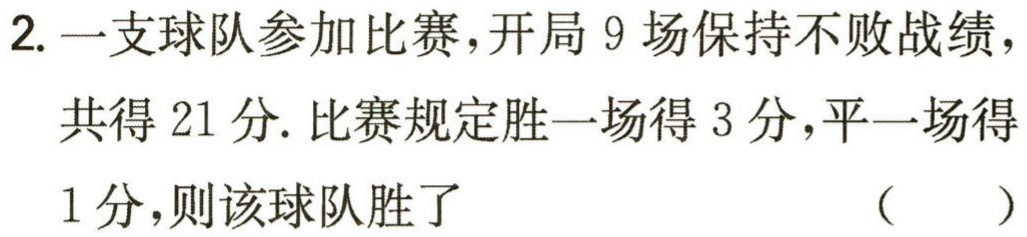
2. 一支球队参加比赛，开局 9 场保持不败战绩，

共得 21 分. 比赛规定胜一场得 3 分，平一场得

1 分，则该球队胜了 （  ）